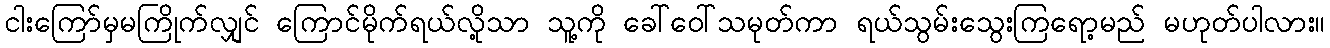
ငါးကြော်မှမကြိုက်လျှင် ကြောင်မိုက်ရယ်လို့သာ သူ့ကို ခေါ်ဝေါ်သမုတ်ကာ ရယ်သွမ်းသွေးကြရော့မည် မဟုတ်ပါလား။